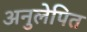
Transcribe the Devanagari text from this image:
अनुलेपित